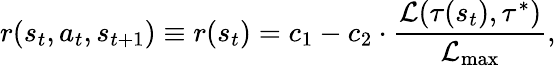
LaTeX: r(s_{t},a_{t},s_{t+1})\equiv r(s_{t})=c_{1}-c_{2}\cdot\frac{\mathcal L(\tau(s_{t}),\tau^{*})}{\mathcal L_{\operatorname*{max}}},